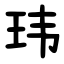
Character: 玮